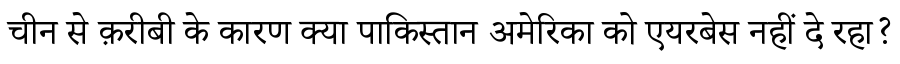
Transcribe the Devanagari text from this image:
चीन से क़रीबी के कारण क्या पाकिस्तान अमेरिका को एयरबेस नहीं दे रहा?